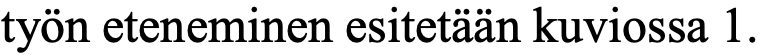
työn eteneminen esitetään kuviossa 1.